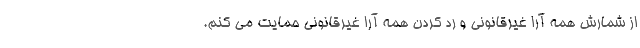
از شمارش همه آرا غیرقانونی و رد کردن همه آرا غیرقانونی حمایت می کنم.